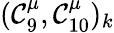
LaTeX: (\mathcal{C}_{9}^{\mu},\mathcal{C}_{10}^{\mu})_{k}